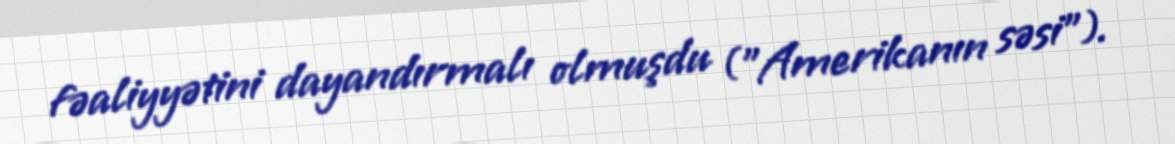
fəaliyyətini dayandırmalı olmuşdu ("Amerikanın səsi").